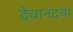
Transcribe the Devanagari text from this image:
देवानंदचा